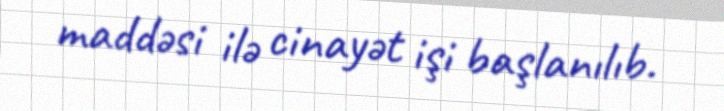
maddəsi ilə cinayət işi başlanılıb.